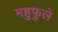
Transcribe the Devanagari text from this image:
महुफुले